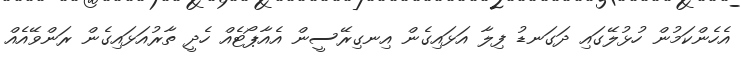
އެހެންކަމުން ހުޅުލޭގައި ދަގަނޑު ފިލާ އަޅައިގެން އިނގިރޭސީން އެއާޕޯޓެއް ހެދީ ތާރުއަޅައިގެން ރަންވޭއެއް